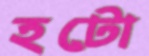
হটো